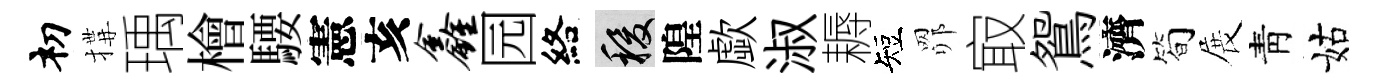
𥘉搆瑀檜騕憲亥鑫园絡稷隍歔淑耨短𦊑㝡鴛濟简展靑姑